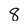
Character: 8